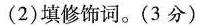
(2)填修饰词。(3分)